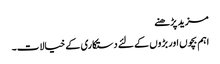
مزید پڑھنے
اہم بچوں اور بڑوں کے لئے دستکاری کے خیالات۔